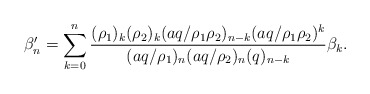
\begin{align*} \beta'_n = \sum_{k=0}^n\frac{(\rho_1)_k(\rho_2)_k(aq/\rho_1 \rho_2)_{n-k} (aq/\rho_1 \rho_2)^k}{(aq/\rho_1)_n(aq/\rho_2)_n(q)_{n-k}} \beta_k.\end{align*}